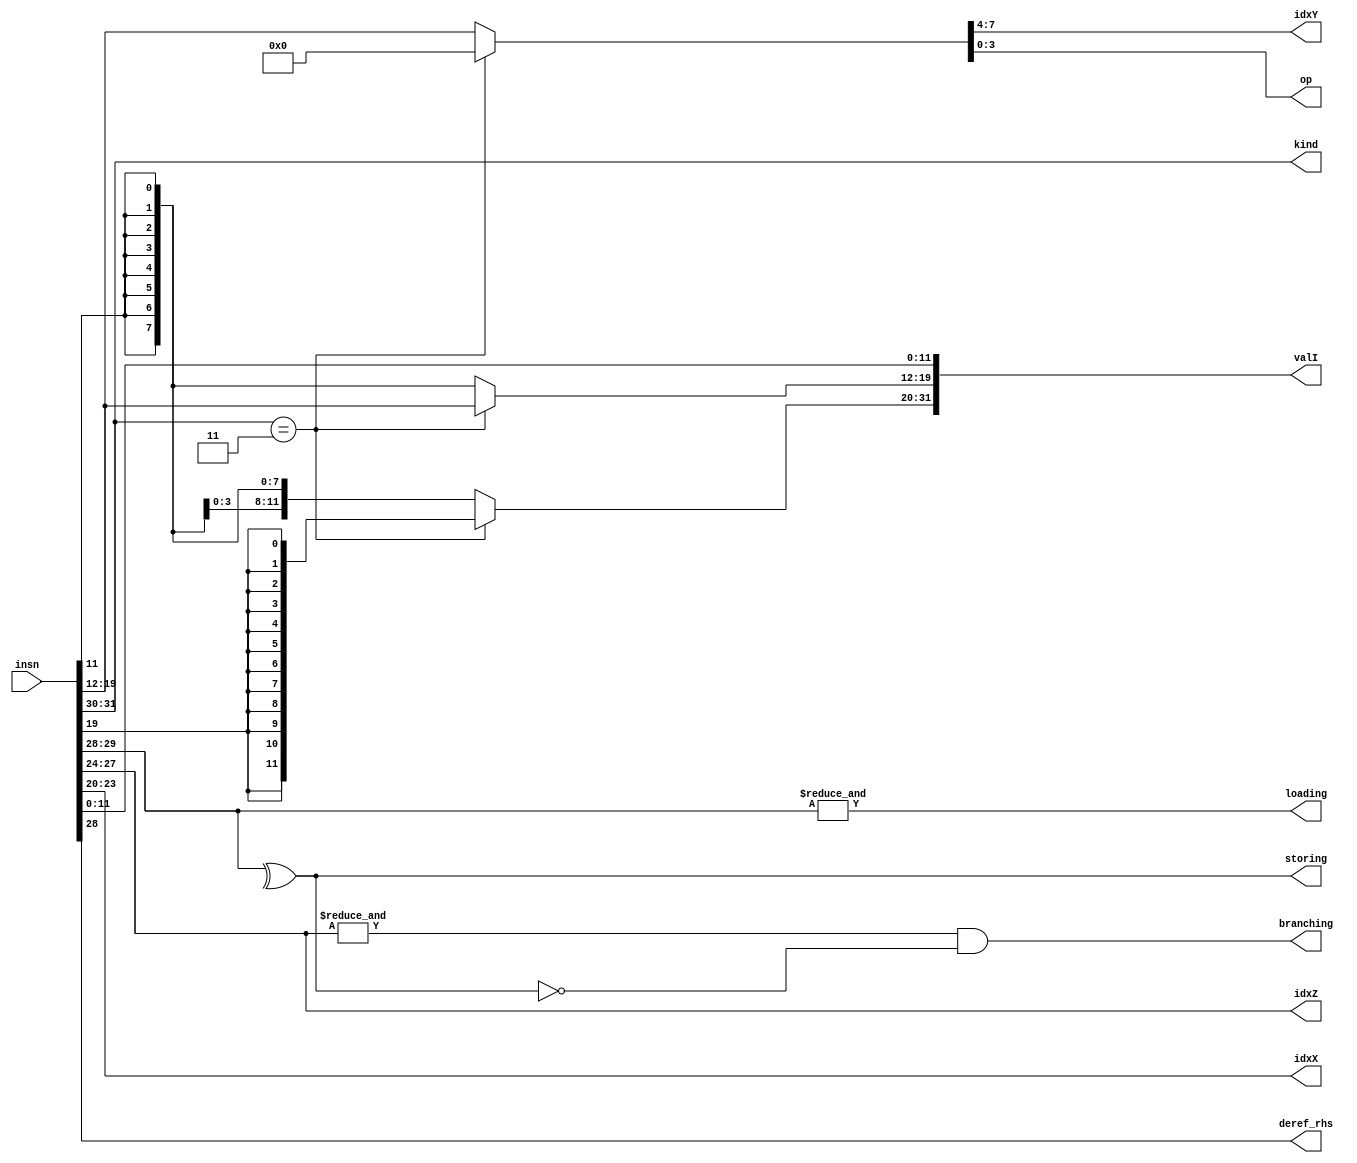
module Decode(input[31:0] insn, output[3:0] idxZ, idxX, output reg[3:0] idxY,
              output reg signed[31:0] valI, output reg[3:0] op,
              output[1:0] kind, output storing, loading, deref_rhs, branching);
    wire [19:0] tI;
    wire [1:0] dd;
    assign {kind, dd, idxZ, idxX, tI} = insn;
    always @* case (kind)
        default: {idxY,op,valI[11:0],valI[31:12]} = {     tI,{20{tI[11]}}};
        2'b11:   {idxY,op,valI[19:0],valI[31:20]} = {8'h0,tI,{12{tI[19]}}};
    endcase
    assign storing   = ^dd;
    assign loading   = &dd;
    assign deref_rhs = dd[0];
    assign branching = &idxZ & ~storing;
endmodule